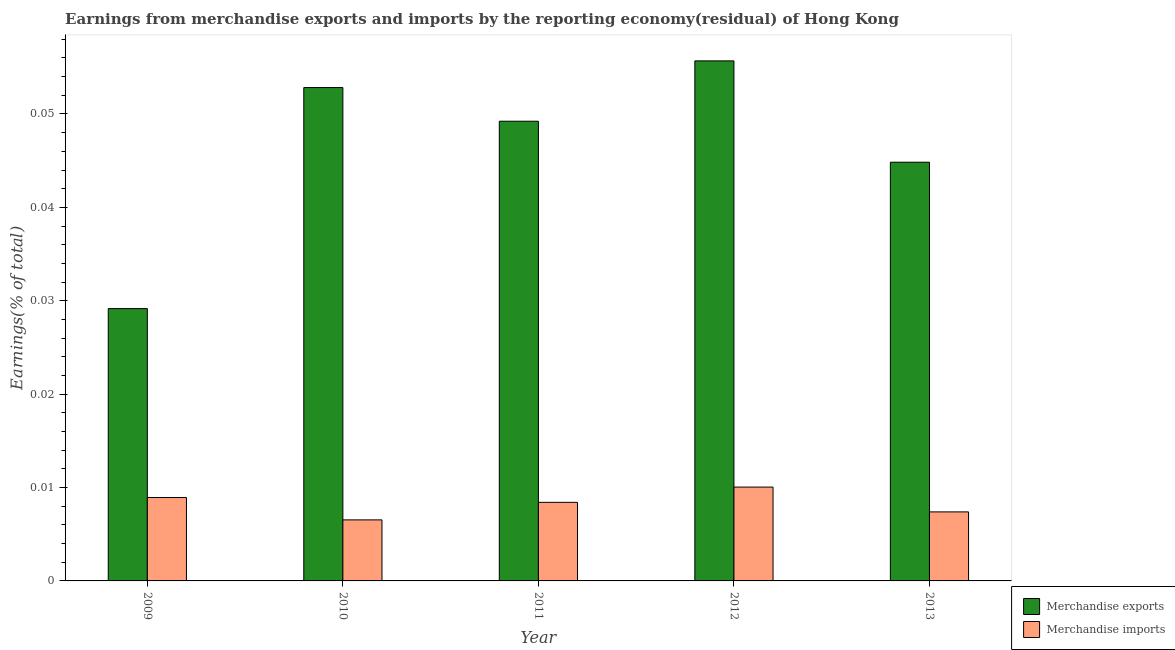
| Year | Merchandise exports | Merchandise imports |
 | --- | --- | --- |
 | 2009 | 0.0292 | 0.00893 |
 | 2010 | 0.0528 | 0.00654 |
 | 2011 | 0.0492 | 0.00841 |
 | 2012 | 0.0557 | 0.01 |
 | 2013 | 0.0448 | 0.00739 |